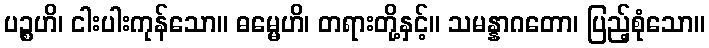
ပဉ္စဟိ၊ ငါးပါးကုန်သော။ ဓမ္မေဟိ၊ တရားတို့နှင့်။ သမန္နာဂတော၊ ပြည့်စုံသော။